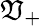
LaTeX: \mathfrak{V}_{+}